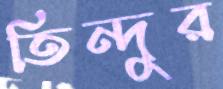
তিন্দুর